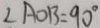
\angle A O B = 9 0 ^ { \circ }